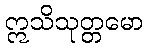
ဣသိသုတ္တမော